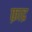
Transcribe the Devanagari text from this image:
फ़ाद्र